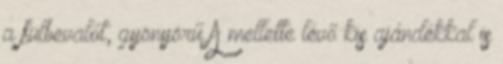
a fülbevalót, gyönyörű A mellette lévő kis ajándékkal is